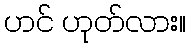
ဟင် ဟုတ်လား။